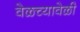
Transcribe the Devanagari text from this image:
वेळच्यावेळी